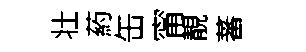
壮葯缶甯靚蕃